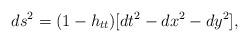
LaTeX: \begin{align*}ds^2 = (1 - h_{tt})[dt^2 -dx^2 -dy^2],\end{align*}